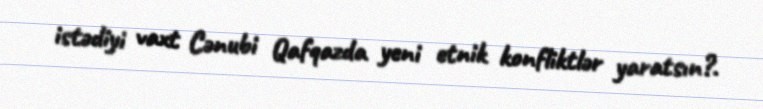
istədiyi vaxt Cənubi Qafqazda yeni etnik konfliktlər yaratsın?.